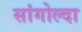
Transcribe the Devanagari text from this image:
सांगोल्दा